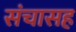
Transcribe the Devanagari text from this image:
संचासह